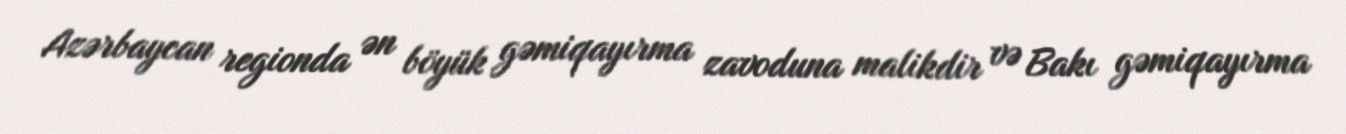
Azərbaycan regionda ən böyük gəmiqayırma zavoduna malikdir və Bakı gəmiqayırma